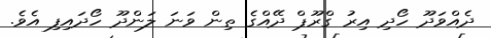
ދެއްވަދޫ ހޯދި އިރު ގްރޫޕް ދޭއްގެ ތިން ވަނަ ލަންދޫ ހޯދައިފި އެވެ.